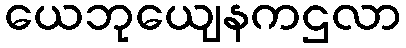
ယေဘုယျေနကဌလာ